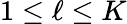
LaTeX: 1\le\ell\le K